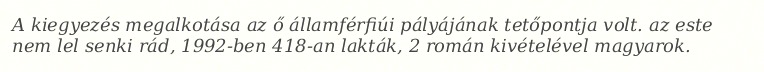
A kiegyezés megalkotása az ő államférfiúi pályájának tetőpontja volt. az este nem lel senki rád, 1992-ben 418-an lakták, 2 román kivételével magyarok.